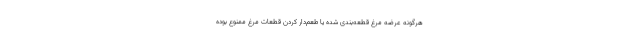
هرگونه عرضه مرغ قطعه‌بندی شده یا طعم‌دار کردن قطعات مرغ ممنوع بوده